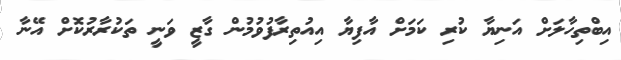
އިބްތިހާލަށް އަނިޔާ ކުރި ކަމަށް އާފިޔާ އިއުތިރާފުވުމުން ގާޒީ ވަނީ ތަކުރާރުކޮށް އޭނާ